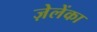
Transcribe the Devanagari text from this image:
ज़ेलेंका